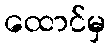
ထောင်မှ